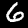
Label: 6